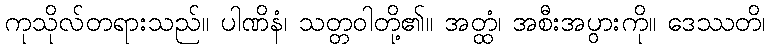
ကုသိုလ်တရားသည်။ ပါဏိနံ၊ သတ္တဝါတို့၏။ အတ္ထံ၊ အစီးအပွားကို။ ဒေဿတိ၊